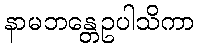
နာမဘန္တေဥပါသိကာ